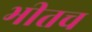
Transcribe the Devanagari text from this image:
भीतच